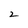
Character: 2